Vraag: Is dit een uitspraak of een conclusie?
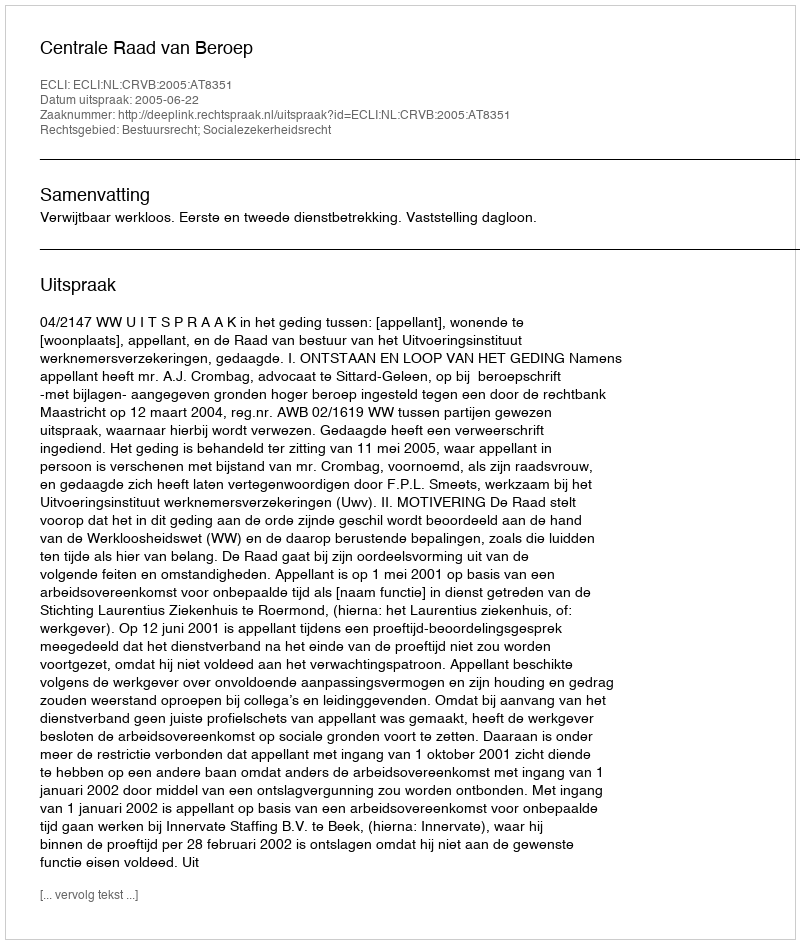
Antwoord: Uitspraak